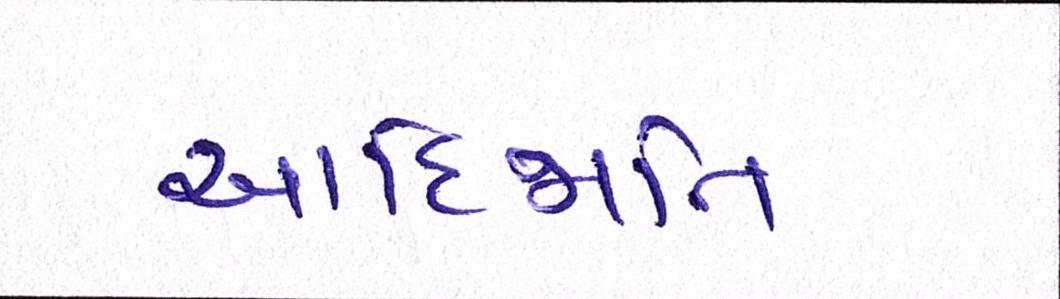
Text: આદિજાતિ